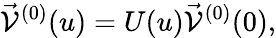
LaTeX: \vec{\cal V}^{(0)}(u)=U(u)\vec{\cal V}^{(0)}(0),